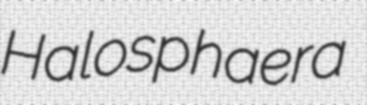
Halosphaera